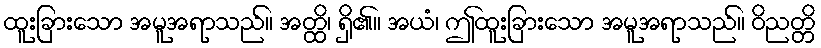
ထူးခြားသော အမူအရာသည်။ အတ္ထိ၊ ရှိ၏။ အယံ၊ ဤထူးခြားသော အမူအရာသည်။ ဝိညတ္တိ